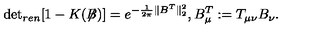
\mathrm { d e t } _ { r e n } [ 1 - K ( \not { \! \! B } ) ] = e ^ { - \frac { 1 } { 2 \pi } \| B ^ { T } \| _ { 2 } ^ { 2 } } , B _ { \mu } ^ { T } : = T _ { \mu \nu } B _ { \nu } .